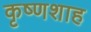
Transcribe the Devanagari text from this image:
कृष्णशाह